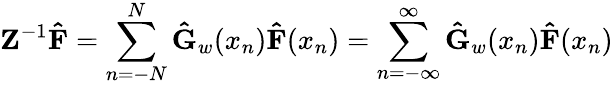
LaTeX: \mathbf{Z}^{-1}\mathbf{\hat{F}}=\sum_{n=-N}^{N}\mathbf{\hat{G}}_{w}(x_{n})\mathbf{\hat{F}}(x_{n})=\sum_{n=-\infty}^{\infty}\mathbf{\hat{G}}_{w}(x_{n})\mathbf{\hat{F}}(x_{n})